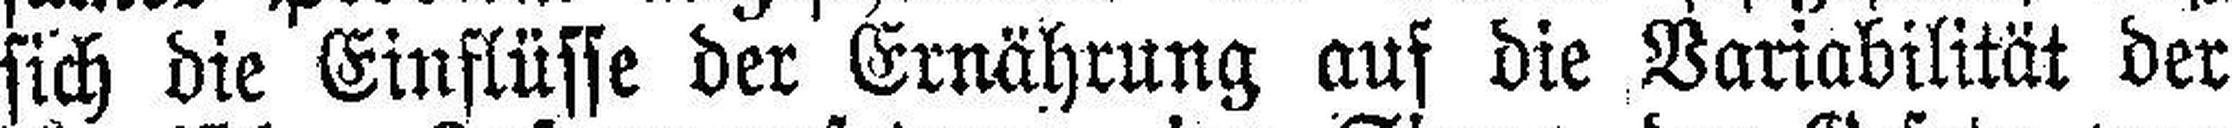
sich die Einflüsse der Ernährung aus die Variabilität der